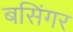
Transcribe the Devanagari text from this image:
बसिंगर